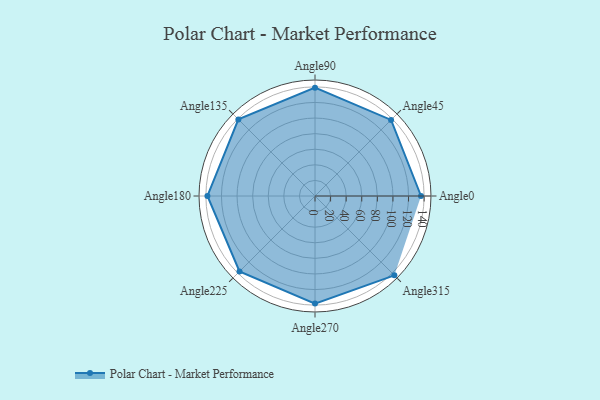
{"axis": {"x": "Angle", "y": "Radius"}, "legend": [""], "data": [{"x": "Angle0", "y": 136.0, "type": ""}, {"x": "Angle45", "y": 138.0, "type": ""}, {"x": "Angle90", "y": 139.0, "type": ""}, {"x": "Angle135", "y": 139.0, "type": ""}, {"x": "Angle180", "y": 138.0, "type": ""}, {"x": "Angle225", "y": 137.0, "type": ""}, {"x": "Angle270", "y": 138.0, "type": ""}, {"x": "Angle315", "y": 144.0, "type": ""}]}